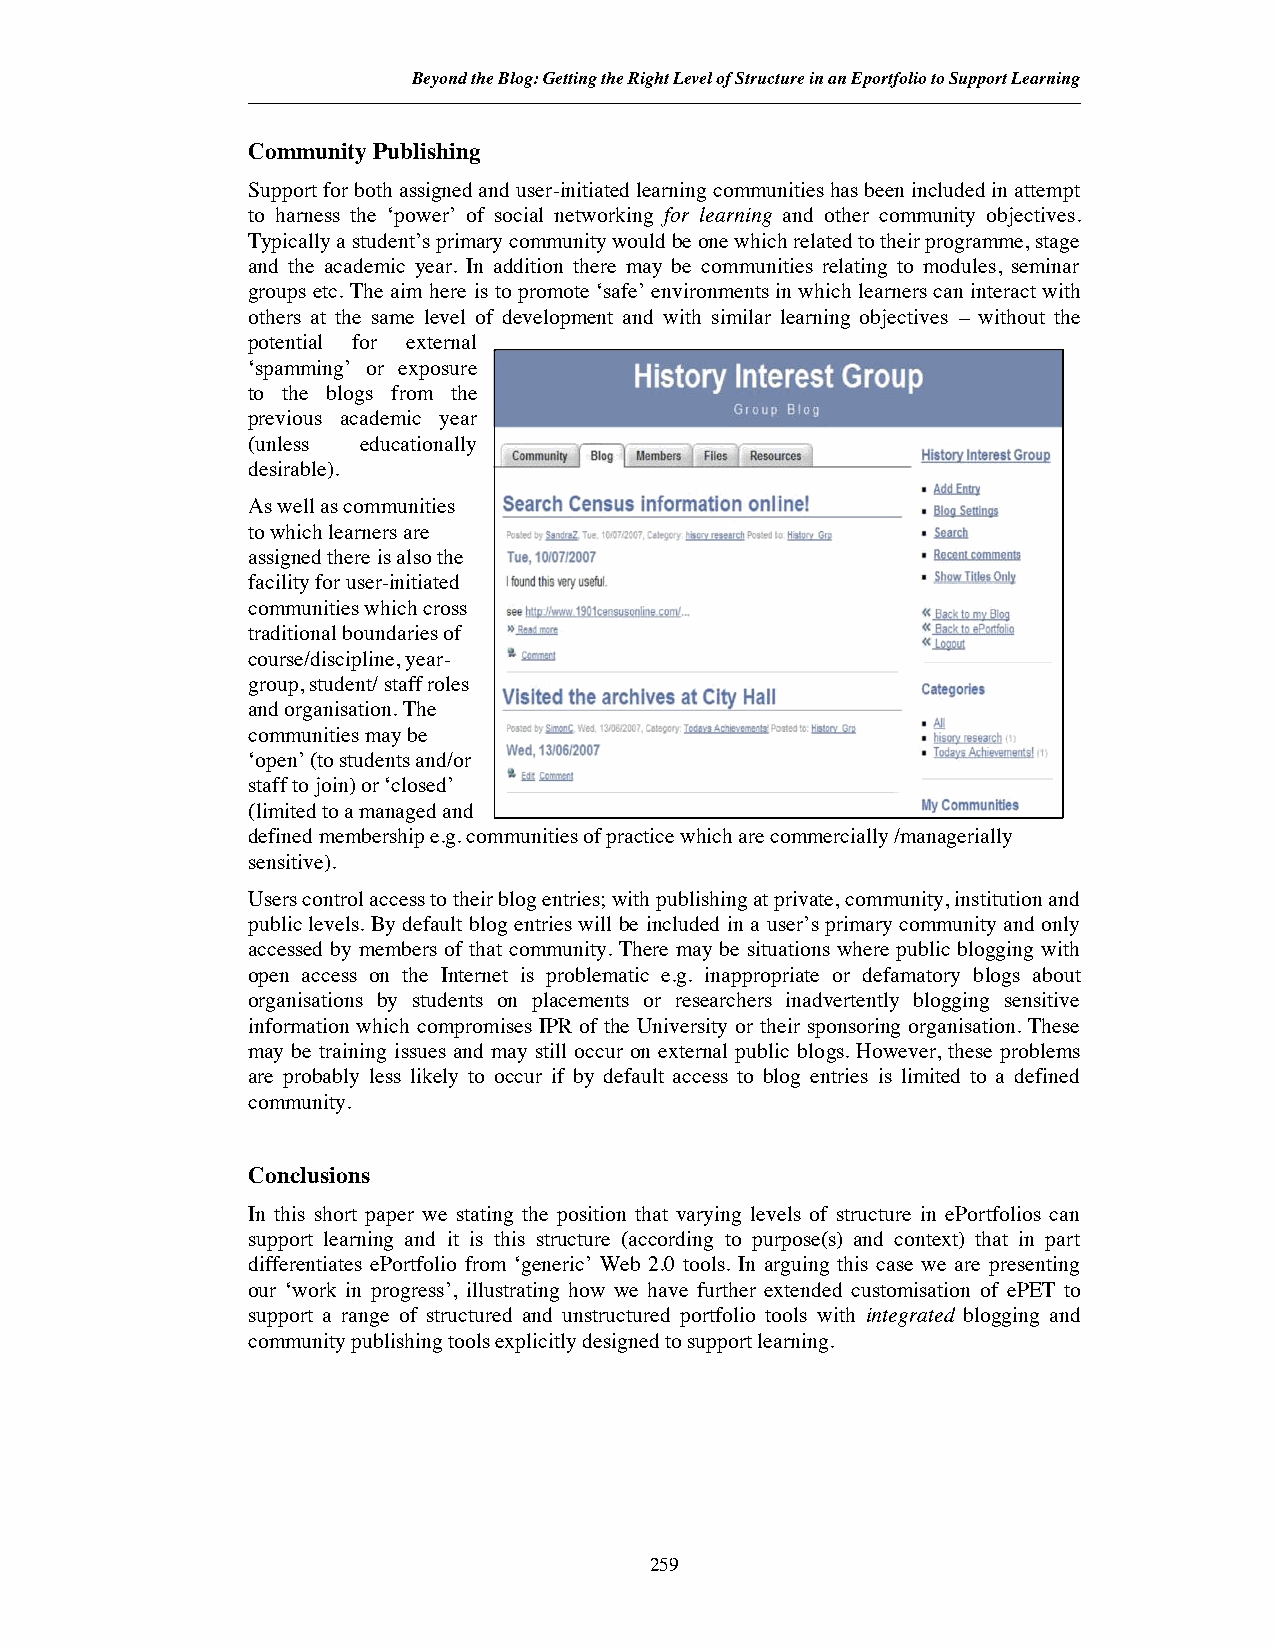
Beyond the Blog: Getting the Right Level of Structure in an Eportfolio to Support Learning
 Community Publishing
 Support for both assigned and user-initiated learning communities has been included in attempt
 to harness the ‘power’ of social networking for learning and other community objectives.
 Typically a student’s primary community would be one which related to their programme, stage
 and the academic year. In addition there may be communities relating to modules, seminar
 groups etc. The aim here is to promote ‘safe’ environments in which learners can interact with
 others at the same level of development and with similar learning objectives – without the
 potential for external
 ‘spamming’ or exposure
 to the blogs from the
 previous academic year
 (unless educationally
 desirable).
 As well as communities
 to which learners are
 assigned there is also the
 facility for user-initiated
 communities which cross
 traditional boundaries of
 course/discipline, year-
 group, student/ staff roles
 and organisation. The
 communities may be
 ‘open’ (to students and/or
 staff to join) or ‘closed’
 (limited to a managed and
 defined membership e.g. communities of practice which are commercially /managerially
 sensitive).
 Users control access to their blog entries; with publishing at private, community, institution and
 public levels. By default blog entries will be included in a user’s primary community and only
 accessed by members of that community. There may be situations where public blogging with
 open access on the Internet is problematic e.g. inappropriate or defamatory blogs about
 organisations by students on placements or researchers inadvertently blogging sensitive
 information which compromises IPR of the University or their sponsoring organisation. These
 may be training issues and may still occur on external public blogs. However, these problems
 are probably less likely to occur if by default access to blog entries is limited to a defined
 community.
 Conclusions
 In this short paper we stating the position that varying levels of structure in ePortfolios can
 support learning and it is this structure (according to purpose(s) and context) that in part
 differentiates ePortfolio from ‘generic’ Web 2.0 tools. In arguing this case we are presenting
 our ‘work in progress’, illustrating how we have further extended customisation of ePET to
 support a range of structured and unstructured portfolio tools with integrated blogging and
 community publishing tools explicitly designed to support learning.
 259